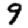
Digit: 9